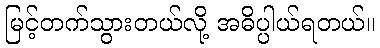
မြင့်တက်သွားတယ်လို့ အဓိပ္ပါယ်ရတယ်။